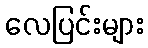
လေပြင်းများ